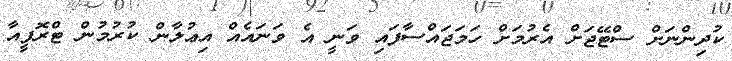
ކުދިންނަށް ސްޓޭޖަށް އެރުމަށް ހަމަޖައްސާފައި ވަނީ އެ ވަނައެއް އިޢުލާން ކުރުމުން ޓްރޮފީއާ